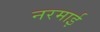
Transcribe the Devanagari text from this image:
नरमाई